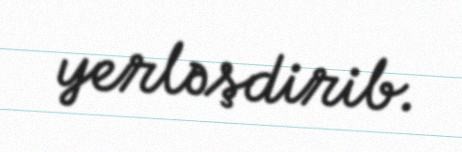
yerləşdirib.